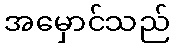
အမှောင်သည်